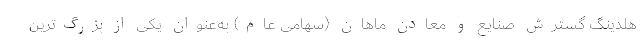
هلدینگ گسترش صنایع و معادن ماهان (سهامی عام) به‌عنوان یکی از بزرگ‌ترین